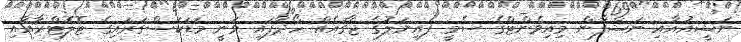
ނަޝީއުއާއި ނަޝްފާން މިއިވެންޓްގެ ސެމީ ފައިނަލުގެ ޖާގައެއް ހޯދާފައި ވަނީ މަޑަކަސްގަރައިގެ ޓޮލޮޓްރާއާއި